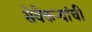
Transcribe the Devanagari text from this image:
सेवेकऱ्यांची